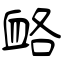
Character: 衉